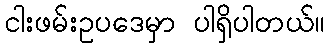
ငါးဖမ်းဥပဒေမှာ ပါရှိပါတယ်။